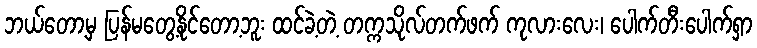
ဘယ်တော့မှ ပြန်မတွေ့နိုင်တော့ဘူး ထင်ခဲ့တဲ့ တက္ကသိုလ်တက်ဖက် ကုလားလေး၊ ပေါက်တီးပေါက်ရှာ